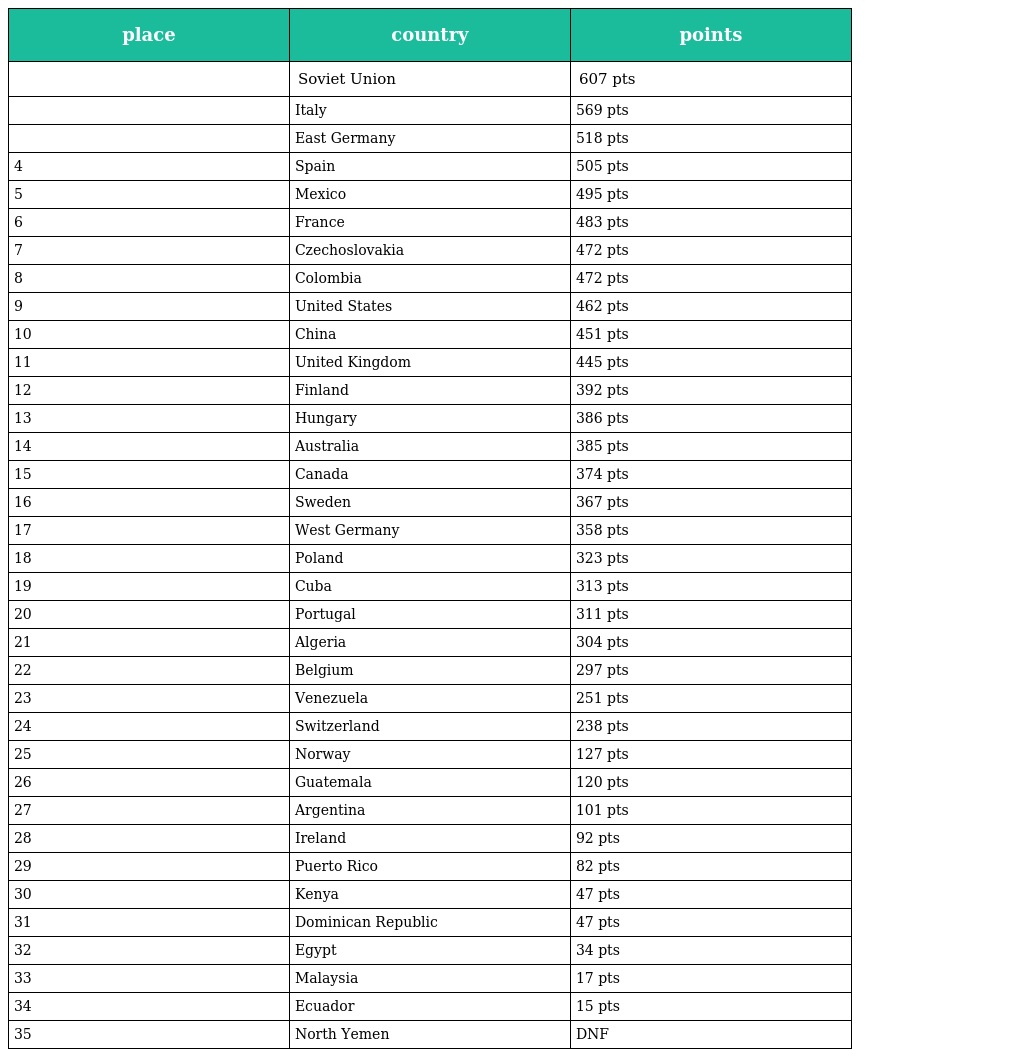
| place | country | points |
 | --- | --- | --- |
 |  | Soviet Union | 607 pts |
 |  | Italy | 569 pts |
 |  | East Germany | 518 pts |
 | 4 | Spain | 505 pts |
 | 5 | Mexico | 495 pts |
 | 6 | France | 483 pts |
 | 7 | Czechoslovakia | 472 pts |
 | 8 | Colombia | 472 pts |
 | 9 | United States | 462 pts |
 | 10 | China | 451 pts |
 | 11 | United Kingdom | 445 pts |
 | 12 | Finland | 392 pts |
 | 13 | Hungary | 386 pts |
 | 14 | Australia | 385 pts |
 | 15 | Canada | 374 pts |
 | 16 | Sweden | 367 pts |
 | 17 | West Germany | 358 pts |
 | 18 | Poland | 323 pts |
 | 19 | Cuba | 313 pts |
 | 20 | Portugal | 311 pts |
 | 21 | Algeria | 304 pts |
 | 22 | Belgium | 297 pts |
 | 23 | Venezuela | 251 pts |
 | 24 | Switzerland | 238 pts |
 | 25 | Norway | 127 pts |
 | 26 | Guatemala | 120 pts |
 | 27 | Argentina | 101 pts |
 | 28 | Ireland | 92 pts |
 | 29 | Puerto Rico | 82 pts |
 | 30 | Kenya | 47 pts |
 | 31 | Dominican Republic | 47 pts |
 | 32 | Egypt | 34 pts |
 | 33 | Malaysia | 17 pts |
 | 34 | Ecuador | 15 pts |
 | 35 | North Yemen | DNF |